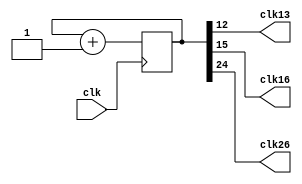
module clock_divider(clk13, clk16, clk26, clk);
    input clk;
    output clk13;
    output clk16;
    output clk26;

    reg [25:0] num;
    wire [25:0] next_num;

    always @(posedge clk) begin
        num <= next_num;
    end

    assign next_num = num + 1'b1;
    assign clk13 = num[12];
    assign clk16 = num[15];
    assign clk26 = num[24];

endmodule